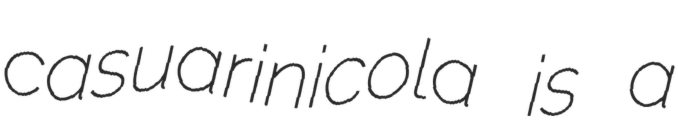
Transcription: casuarinicola is a